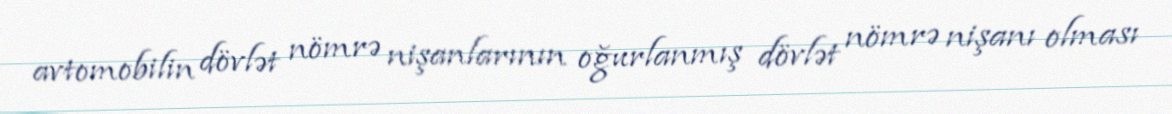
avtomobilin dövlət nömrə nişanlarının oğurlanmış dövlət nömrə nişanı olması